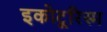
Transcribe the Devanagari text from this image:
इकोटूरिस्म